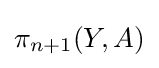
\pi _{n+1}(Y,A)